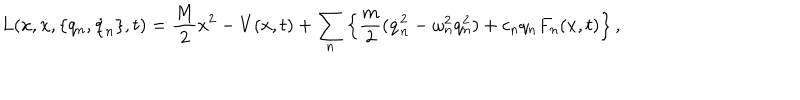
LaTeX: L ( x , \dot { x } , \{ q _ { n } , \dot { q } _ { n } \} , t ) = \frac { M } { 2 } \dot { x } ^ { 2 } - V ( x , t ) + \sum _ { n } \left\{ \frac { m } { 2 } ( \dot { q } _ { n } ^ { 2 } - \omega _ { n } ^ { 2 } q _ { n } ^ { 2 } ) + c _ { n } q _ { n } F _ { n } ( x , t ) \right\} ,